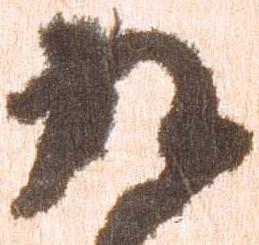
九